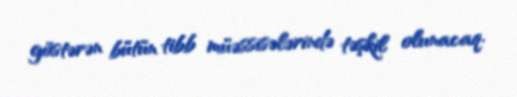
göstərən bütün tibb müəssisələrində təşkil olunacaq.